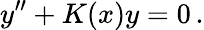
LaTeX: y^{\prime\prime}+K(x)y=0\, .